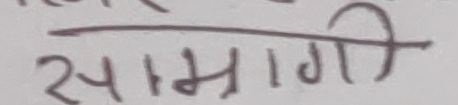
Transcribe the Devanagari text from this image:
सामग्री